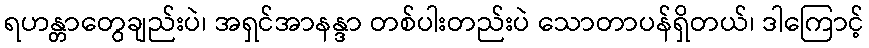
ရဟန္တာတွေချည်းပဲ၊ အရှင်အာနန္ဒာ တစ်ပါးတည်းပဲ သောတာပန်ရှိတယ်၊ ဒါကြောင့်